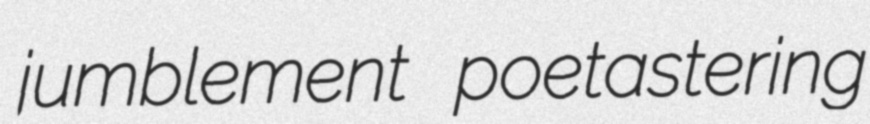
jumblement poetastering